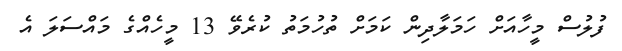
ފުލުސް މީހާއަށް ހަމަލާދިން ކަމަށް ތުހުމަތު ކުރެވޭ 13 މީހެއްގެ މައްސަލަ އެ